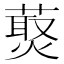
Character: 𰱸